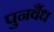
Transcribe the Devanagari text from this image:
पुनर्वैध